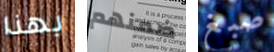
بهذا ضمنهم صبغ